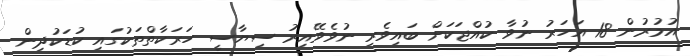
އުމުރުން 18 އަހަރު ނުވާ ކުއްޖަކަށް ބައިވެރި ނުވެވޭއިރު ސިޔާސީ ހަރަކާތްތަކުގައި ކުޑަކުދިން